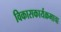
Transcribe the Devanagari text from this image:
विकासकार्यक्रमाचा